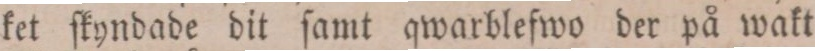
ket ſkyndade dit ſamt qwarblefwo der på wakt